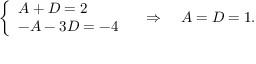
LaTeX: { \left\{ \begin{array} { l l } { A + D = 2 } \\ { - A - 3 D = - 4 } \end{array} \right. } \quad \Rightarrow \quad A = D = 1 .